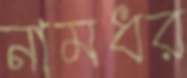
নামধর